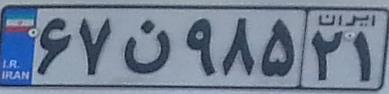
۶۷ن۹۸۵۲۱